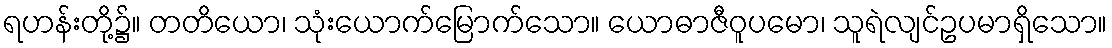
ရဟန်းတို့၌။ တတိယော၊ သုံးယောက်မြောက်သော။ ယောဓာဇီဝူပမော၊ သူရဲလျင်ဥပမာရှိသော။